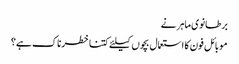
برطانوی ماہر نے
موبائل فون کا استعمال بچوں کیلئے کتنا خطرناک ہے؟